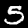
Label: 5